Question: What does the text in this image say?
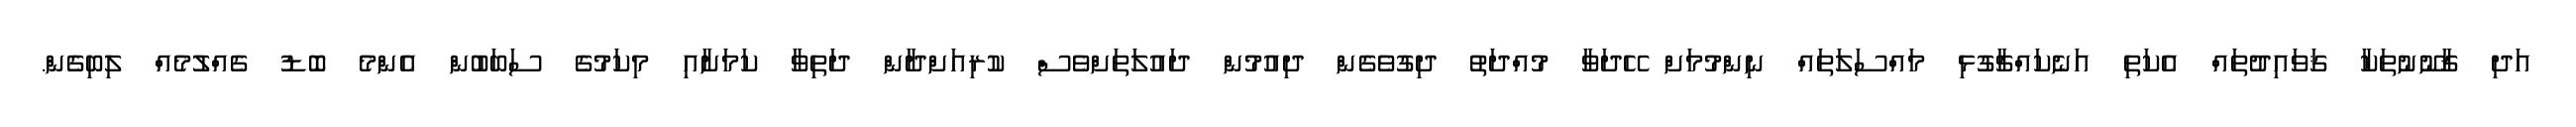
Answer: އަދި ޤާނޫނުތަކާ ޤަވައިދުތައް އެކަތި އަނެކައްޗާގުޅި މައްސަލަތައް ނިންމުމަށް ހޭދަވާ މުއްދަތު ދިގުވެގެން ދިއުމުން ދައުލަތަށްވެސް ކުރިއަށްދާން ދަތިވާ ކަމަށާއި މިކަމުގެ ސަބަބުން އެންމެ ބޮޑު ގެއްލުމެއް ލިބިގެން.